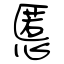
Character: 慝